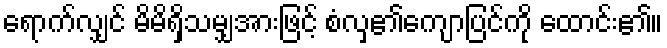
ရောက်လျှင် မိမိရှိသမျှအားဖြင့် စံလှ၏ကျောပြင်ကို ထောင်း၏။